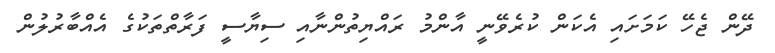
ދޭން ޖެހޭ ކަމަށައި އެކަން ކުރެވޭނީ އާންމު ރައްޔިތުންނާއި ސިޔާސީ ފަރާތްތަކުގެ އެއްބާރުލުން